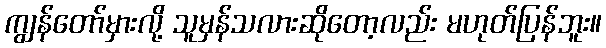
ကျွန်တော်မှားလို့ သူမှန်သလားဆိုတော့လည်း မဟုတ်ပြန်ဘူး။